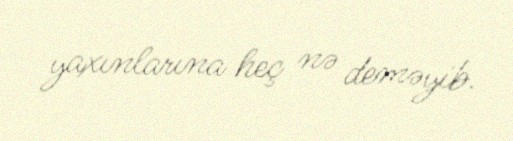
yaxınlarına heç nə deməyib.